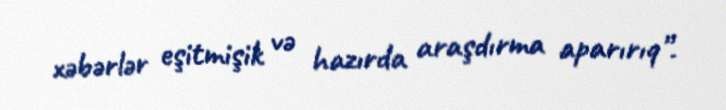
xəbərlər eşitmişik və hazırda araşdırma aparırıq”.